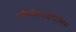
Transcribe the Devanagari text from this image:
अकैंथोसाइटोसिस